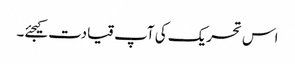
اس تحریک کی آپ قیادت کیجئے۔